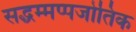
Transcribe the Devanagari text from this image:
सद्धम्मप्पजोतिक